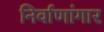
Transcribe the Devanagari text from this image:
निर्वाणांगार